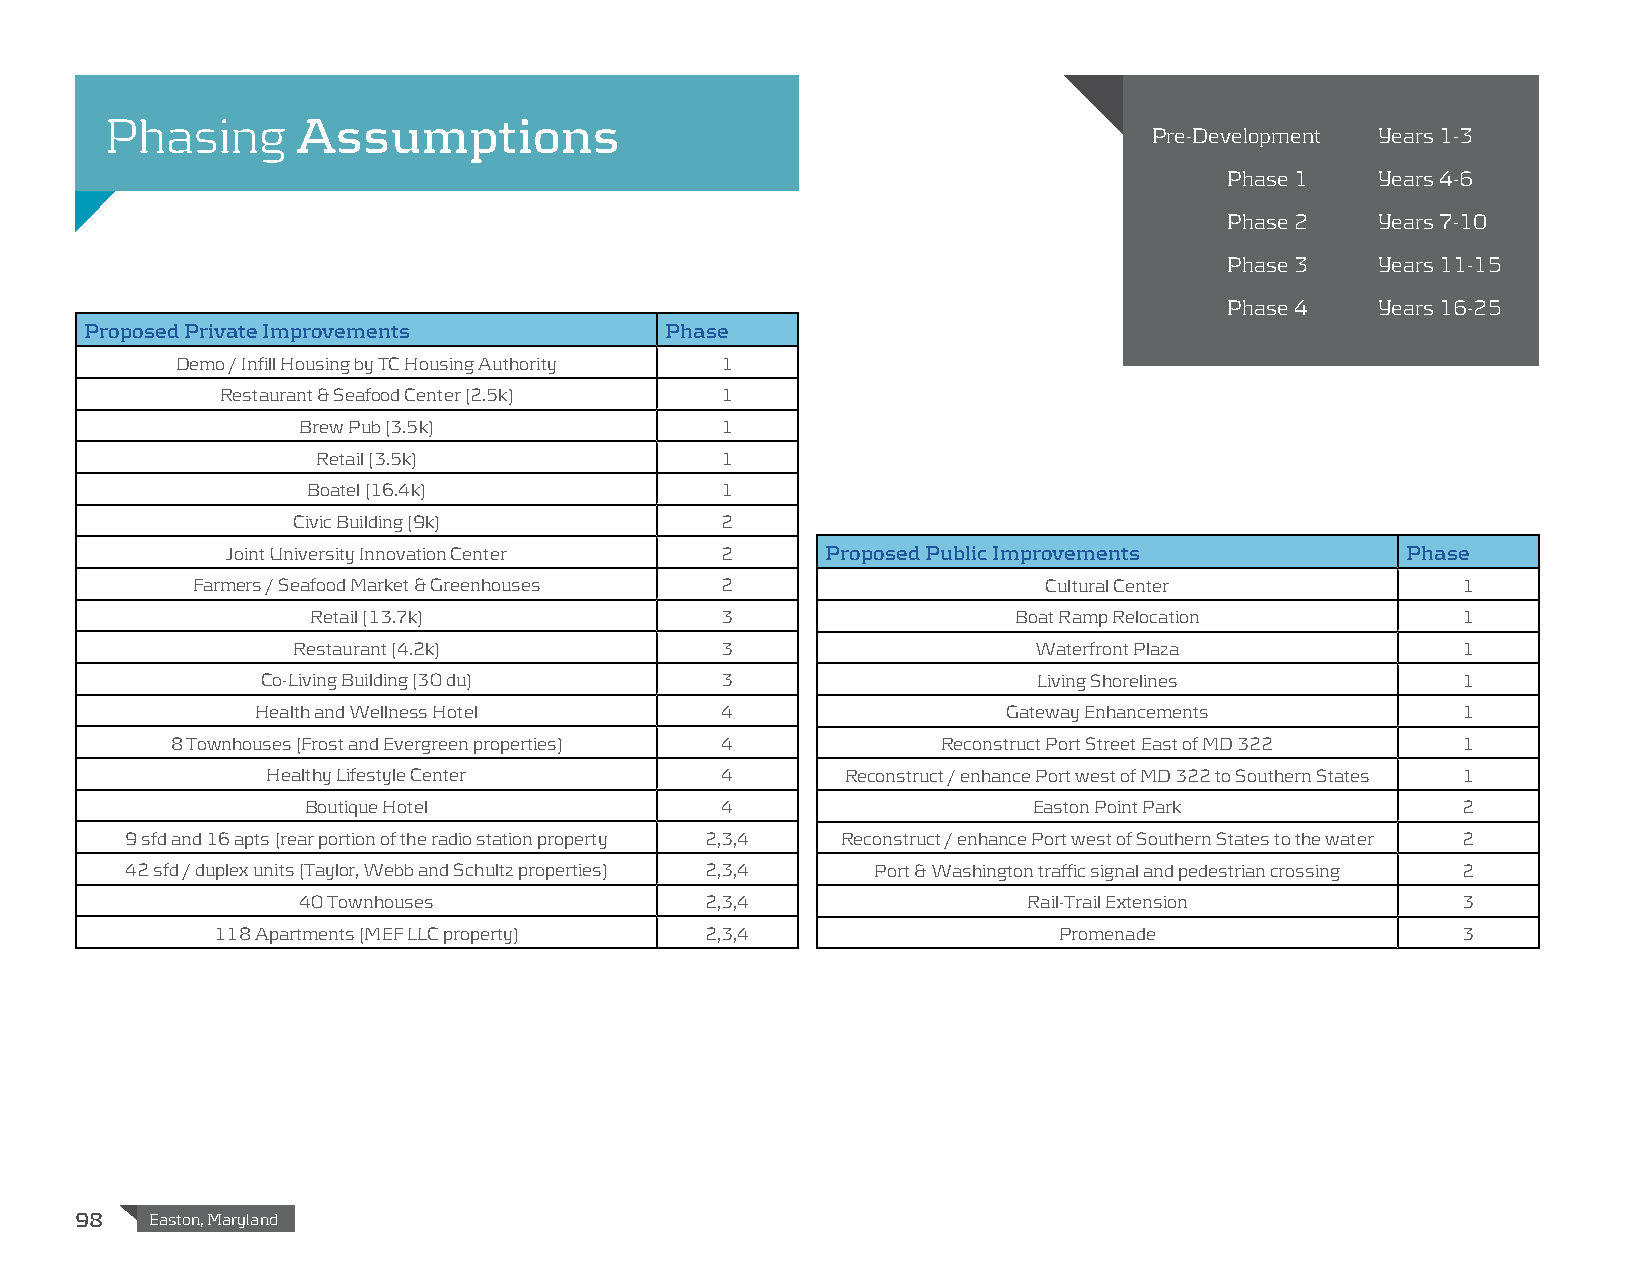
Phasing      Assumptions
 Pre-Development Years 1-3
 Phase 1   Years 4-6
 Phase 2   Years 7-10
 Phase 3   Years 11-15
 Phase 4   Years 16-25
 Proposed Private Improvements         Phase
 Demo / Infill Housing by TC Housing Authority 1
 Restaurant & Seafood Center (2.5k) 1
 Brew Pub (3.5k)             1
 Retail (3.5k)              1
 Boatel (16.4k)              1
 Civic Building (9k)          2
 Joint University Innovation Center 2    Proposed Public Improvements          Phase
 Farmers / Seafood Market & Greenhouses 2                Cultural Center             1
 Retail (13.7k)             3                  Boat Ramp Relocation          1
 Restaurant (4.2k)            3                    Waterfront Plaza            1
 Co-Living Building (30 du)     3                    Living Shorelines           1
 Health and Wellness Hotel      4                  Gateway Enhancements          1
 8 Townhouses (Frost and Evergreen properties) 4    Reconstruct Port Street East of MD 322 1
 Healthy Lifestyle Center      4       Reconstruct / enhance Port west of MD 322 to Southern States 1
 Boutique Hotel              4                   Easton Point Park            2
 9 sfd and 16 apts (rear portion of the radio station property 2,3,4 Reconstruct / enhance Port west of Southern States to the water 2
 42 sfd / duplex units (Taylor, Webb and Schultz properties) 2,3,4 Port & Washington traffic signal and pedestrian crossing 2
 40 Townhouses              2,3,4                Rail-Trail Extension         3
 118 Apartments (MEF LLC property) 2,3,4                 Promenade                  3
 98   Easton, Maryland